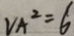
V _ { A } ^ { 2 } = 6